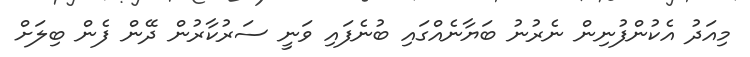
މިއަދު އެކުންފުނިން ނެރުނު ބަޔާނެއްގައި ބުނެފައި ވަނީ ސަރުކާރުން ދޭން ފެން ބިލަށް